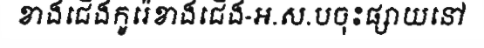
ខាងជើងកូរ៉េខាងជើង-អ.ស.បចុះផ្សាយនៅ